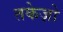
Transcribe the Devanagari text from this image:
तकेज़ो